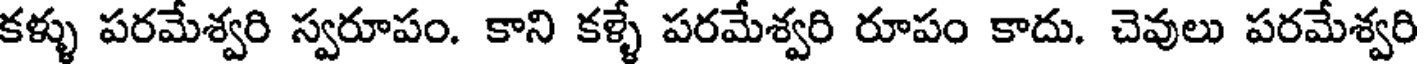
కళ్ళు పరమేశ్వరి స్వరూపం. కాని కళ్ళే పరమేశ్వరి రూపం కాదు. చెవులు పరమేశ్వరి